King Institute of Preventive Medicine Micro-Biological Section reports 1912-19
Year: 1912
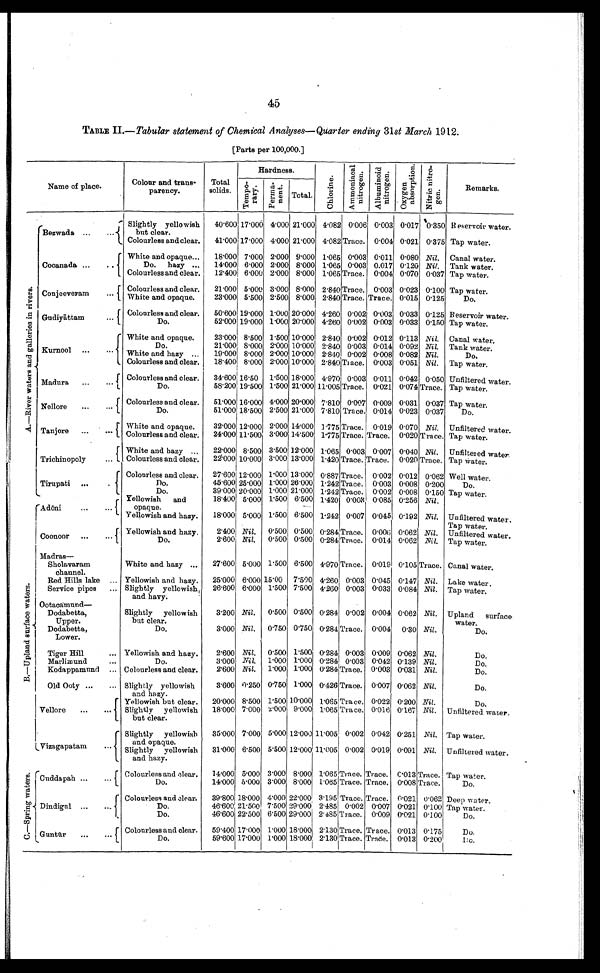
45
TABLE 11.-Tabular statement of Chemical Analyses-Quarter ending 31st March 1912.
[Parts per 100,000.]
Name of place.
Colour and trans-
parency.
Hardness.
cri
z
.,-, ;-.
2
xl
0
74 0 -
1 g
P b.0
0 o
5
.E
-,,
Ts
•-n -
g g
•,-. bo
•El 0
0 1, -,
' . . ;
, ' : : '
.2.
.'
0 P4
a> 8
bp r.
l' -c7' ,
o
s.,
PI
0
.L,
z
&
Remarks.
Total
solids.
0. .
P., t-,
ce
Ea2i s.
c• a .
g '
, . . .
:- c.
4) ,g
Total.
'
Bezwada ...
...
Slightly yellowish
but clear.
40'600 17 .000 4.000 21 .000 4.082 0'006 0.003 0'017
.40 '350 Reservoir water.
Colourless and clear.
41'00017 .000 4.000 21'000 4.082 Trace. 0.004 0'021 0'375 Tap water.
White and opaque-
18'000 7'000 2.000 9'000 1 .065 0'003 0 .011 0'080 Nil. Canal water.
Cocana,da, ...
..
Do. hazy ...
14'000 6.000 2.000 8'000 1 .065 0'003 0.017 0.120 Nil. Tank water.
Colourless and clear.
12'400 6.000 2.000 8'000 1 .065 Trace. 0 .004 0 .070 0 .037 Tap water.
Colourless and clear.
21 .000 5 .000 3'000 8'000 2 .840 Trace. 0'003 0 .023 0. 100 Tap water.
,, Conjeeveram
... f White and opaque.
23'000 5 .500 2.500 8'000 2.840 Trace. Trace. 0.015 0'125
Do.
P-
' Ll
1.000 20'000 4. 260 0.002 0.003 0.033 0. 125 Reservoir
•.... Gudiyattam
...
.3
t
0
•. :. . ,
0
Colourless and clear.
Do.
White and opaque.
50'600 19 .000
52'000 19 .000
23'000 8.500
1 .000
1'500
20'000
10'000
4.260
2.840
0.002 0. 003 0.033
0'002 0.012 0 .113
0.150
Nil.
water.
Tap water.
Canal water.
713
Do.
21.000 8 .000 2'000 10'000 2 .840 0'003 0 .014 0092 Nil. Tank water.
a0 Kurnool .°
••• White and hazy
19'000 8.000 2'000 10.000 2.8, 10 0.002 0.008 0.082 Nil.
Do.
,,:5
wr
.3
... ..
Colourless and clear.
18'400 8'000 2'000 10'000 2 .840 Trace. 0'003 0'051 Nil. Tap water.
t
f
4' d Madura ...
... Colourless and clear.
34'600 16 . 50
5S'200 19 .500
1'500
1 .500
18'000
21.000
4.970 0 .003 0 .011 0 .042
11.005 Trace. I 0.021 0.074
0 .050
Trace.
Unfiltered water.
Tap water.
L
Et
Do.
CD
Colourless and clear.
51'000 16.000 4.000 20.000 7.810 0'007 0'009 0.031 0.037 Tap water.
, t . . ' , N llore
...
•.. t
Do.
51.000 18.500 2.500 21 .000 7 .810 Trace. 0.014 0'023 0.037
Do.
PA
Tanjore ...
... t
White and opaque.
Colourless and clear.
32.000 12.000
24'000 11 . 500
2.000
3.000
14'000
14'500
1 .775 Trace. 0.019 0'070
1'775 Trace. Trace. 0 .020
Nil.
Trace.
Unfiltered water
Tap water.
*
f White and hazy ...
22'000 8. 500 3 .500 12 .000 1 .065 0.0031 0 .007 0.040 Nil. Unfiltered water.
Trichinopoly
... l Colourless and clear.
22'000 10.000 3.000 13'000 1'420 Trace. Trace. 0.020 Trace. Tap water.
Colourless and clear.
27'600 12 .000 1 .000 13 .000 0.887 Trace. 0.002 0.012 0 .062 Well water.
Tirupati ...
.
Do.
45.600 25.000 1 .000 26 .000 1 .242 Trace. 0.003 0.008 0.200
Do.
l_
r
Do.
Yellowish and
39.000 20 .000
18'400 5'000
1 .000
1'500
21'000
6'500
1 . 242 Trace. 0'002 0'008
1 .420 0.003 0.085 0'256
0.150
Nil.
Tap water.
rAdOni
... ..
.
opaque.
-
Yellow
i
sh and hazy.
18'000 5'000 1'500 6'500 1. 242 0'007 0'045 0.192 Nil. Unfiltered water.
Tap water.
Coonoor ...
..,
Madras-
{Yellowish and hazy,
Do.
2'400 Nil.
2.600 Nil.
0.500
0'500
0. 500
0.500
0.284 Trace. 0'006 0'062
0. 284 Trace. 0.014 0.062
Nil.
Ni l.
Unfiltered water.
Tap water.
Sholavaram
channel.
White and hazy ...
27'600 5.000 1 .500 6'500 4.970 Trace. 0'019 0.105 Trace. Canal water.
Red Hills lake ... Yellowish and hazy.
25'000 6.000 15 .00 7.500 4.260 0'003 0'045 0'147 Nil. Lake water.
th
....
Service pipes ... Slightly yellowish
and havy.
26'600 6'000 1'500 7'500 4.260 0'003 0'033 0.084 Nil. Tap water.
Ootacamund-
0
41
1
,
GO
Dodabetta,
Upper.
Dodabetta,
Lower.
Slightly yellowish
but clear,
Do.
3'200 Nil.
3'000 Nil.
0.500
0'750
0'500
0'750
0. 281 0'002 0.004 0.062
0. 284 Trace. 0'004 0'30
Nil.
Nil.
Upland surface
water,
Do.
Ts
pt
s:a.
Tiger Hill
...
Marlimund
...
Yellowish and hazy.
Do.
2'600 Nil.
3.000 Nil.
0'500
1'000
1'500
1.000
0. 281 0.003 0'009 0'062
0.284 0'003 0.042 0. 139
Nil.
Do.
Nil.
Do.
Koda,ppamunel ... Colourless and clear.
2'600 Nil. 1'000 1.000 0.281 Trace. 0'003 0'031 Nil.
Do.
Pci
Old Ooty ...
... Slightly yellowish
and hazy.
3'600 0'250 0'750 1'000 0.426 Trace. 0 .007 0'062 Nil.
Do.
Yellowish but clear.
20'000 8.500 1'500 10'000 1'065 Trace. 0.022 0 .200 Nil.
Do.
Vellore
...
... Slightly yellowish
t but clear.
18'000 7.000 z.000 9'000 1.065ITrace. 0'016 0'167 Nil. Unfiltered water.
•
Slightly yellowish
and opaque.
35.000 7 .000 5'000 12.000 11'005 0'002 0.042 0'251 Nil. Tap water.
LITizagapatam
•.. Slightly yellowish
and hazy.
3P000 6'500 5'500 12 .000 11'005 0'002 0.019 0'091 Nil. Unfiltered water.
al°5 rCuddapah ...
... Colourless and clear.
f
Do.
14.000 5.000
14.000 5.000
3 .000
3'000
8 .000
8.000
1.065 Trace, Trace. C .013
1'065 Trace. Trace. 0'008
Trace. Tap water.
Trace.
Do.
.3
I:-
bo
Dindign1 ...
....
. Colourless and clear.
j
Do.
39.800 18.000
46.600121.500
4'000
7 .500
22.000
29.000
3'195 Trace. Trace. 0.021
2.485 0.002 0.007 0.021
0.062 Deep w ater.
0'100 Tap water.
a,
,
Do.
46.600 22. 500 6'500 29.000 2'485 Trace. 0'009 0'021 0'100
Do.
1
C olourless anti clear.
59.400 17 . 000 1'000 18'000 2'130 Trace. Trace. 0.013 0. 175
Do.
d Guntar
...
... [
Do.
59'600 17.00 1'000 18.000 2.130 Trace. Trace. 0.013 0'200
1;c.